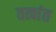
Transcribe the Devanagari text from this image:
तत्वांत